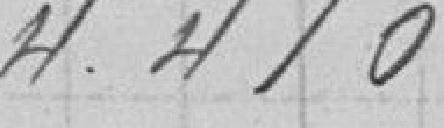
4.410